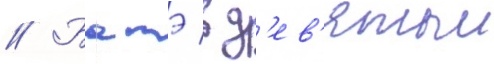
// Батэ в д'ев'ятыи